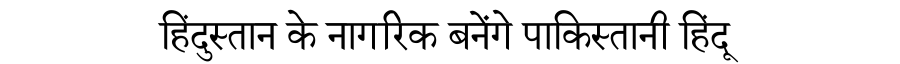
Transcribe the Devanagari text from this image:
हिंदुस्तान के नागरिक बनेंगे पाकिस्तानी हिंदू